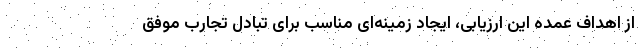
از اهداف عمده این ارزیابی، ایجاد زمینه‌ای مناسب برای تبادل تجارب موفق